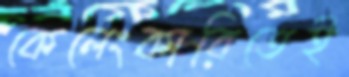
কেলেংকারিতেই